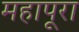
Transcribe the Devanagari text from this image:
महापूरा